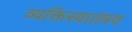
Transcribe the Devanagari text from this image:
व्यक्तिस्वातंत्रय